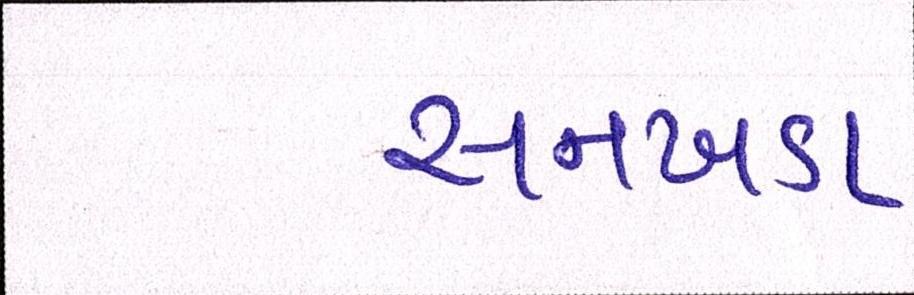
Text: સનખડા